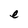
Character: e